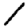
Digit: 1